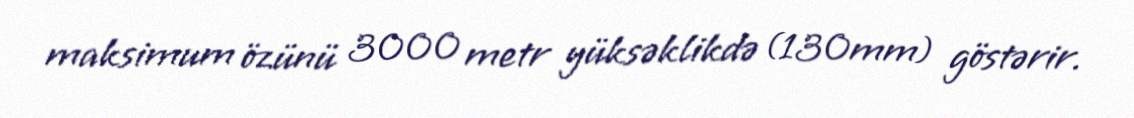
maksimum özünü 3000 metr yüksəklikdə (130mm) göstərir.